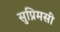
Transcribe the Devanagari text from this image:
सुप्रिमसी